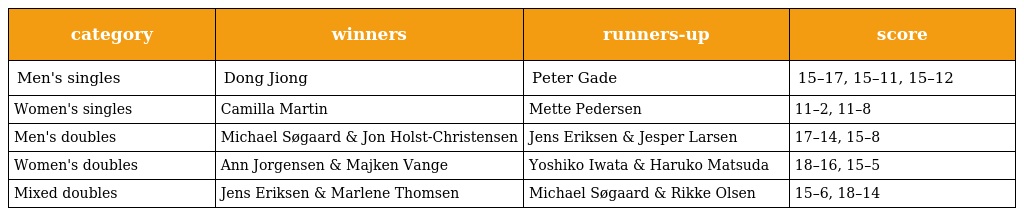
| category | winners | runners-up | score |
 | --- | --- | --- | --- |
 | Men's singles | Dong Jiong | Peter Gade | 15–17, 15–11, 15–12 |
 | Women's singles | Camilla Martin | Mette Pedersen | 11–2, 11–8 |
 | Men's doubles | Michael Søgaard & Jon Holst-Christensen | Jens Eriksen & Jesper Larsen | 17–14, 15–8 |
 | Women's doubles | Ann Jorgensen & Majken Vange | Yoshiko Iwata & Haruko Matsuda | 18–16, 15–5 |
 | Mixed doubles | Jens Eriksen & Marlene Thomsen | Michael Søgaard & Rikke Olsen | 15–6, 18–14 |